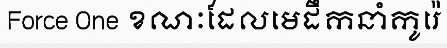
Force One ខណៈដែលមេដឹកនាំកូរ៉េ